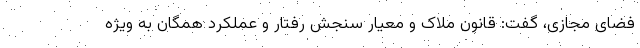
فضای مجازی، گفت: قانون ملاک و معیار سنجش رفتار و عملکرد همگان به ویژه